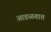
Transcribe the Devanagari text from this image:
अाडळतात